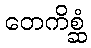
တေကိစ္ဆံ